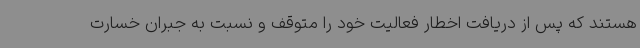
هستند که پس از دریافت اخطار فعالیت خود را متوقف و نسبت به جبران خسارت